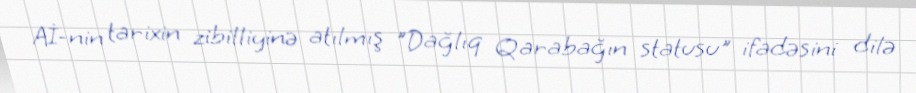
Aİ-nin tarixin zibilliyinə atılmış "Dağlıq Qarabağın statusu" ifadəsini dilə